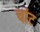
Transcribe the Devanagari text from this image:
चांट